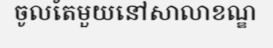
ចូលតែមួយនៅសាលាខណ្ឌ